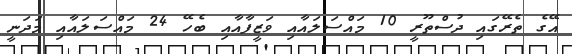
އޭގެ ތެރޭގައި ދުސްތޫރީ 10 މައްސަލައާއި ވަޒީފާއާއި ބެހޭ 24 މައްސަލައާއި މަދަނީ